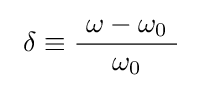
\ \delta \equiv {\frac {\ \omega -\omega _{0}\ }{\omega _{0}}}\